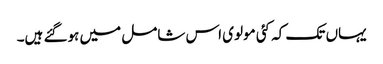
یہاں تک کہ کئی مولوی اس شامل میں ہوگئے ہیں۔